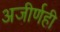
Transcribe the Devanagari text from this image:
अजीर्णही